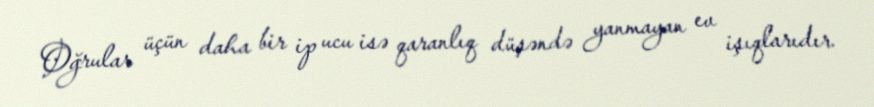
Oğrular üçün daha bir ip ucu isə qaranlıq düşəndə yanmayan ev işıqlarıdır.